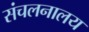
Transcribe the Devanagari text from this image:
संचलनालय